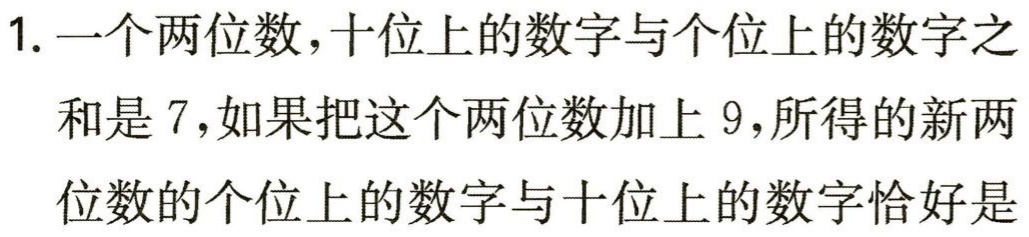
1. 一个两位数，十位上的数字与个位上的数字之

和是 7，如果把这个两位数加上 9，所得的新两

位数的个位上的数字与十位上的数字恰好是